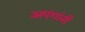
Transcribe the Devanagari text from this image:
अपंगांनी